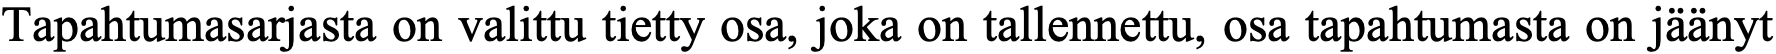
Tapahtumasarjasta on valittu tietty osa, joka on tallennettu, osa tapahtumasta on jäänyt